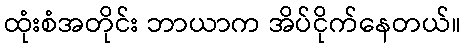
ထုံးစံအတိုင်း ဘာယာက အိပ်ငိုက်နေတယ်။